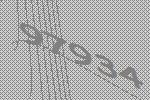
97934